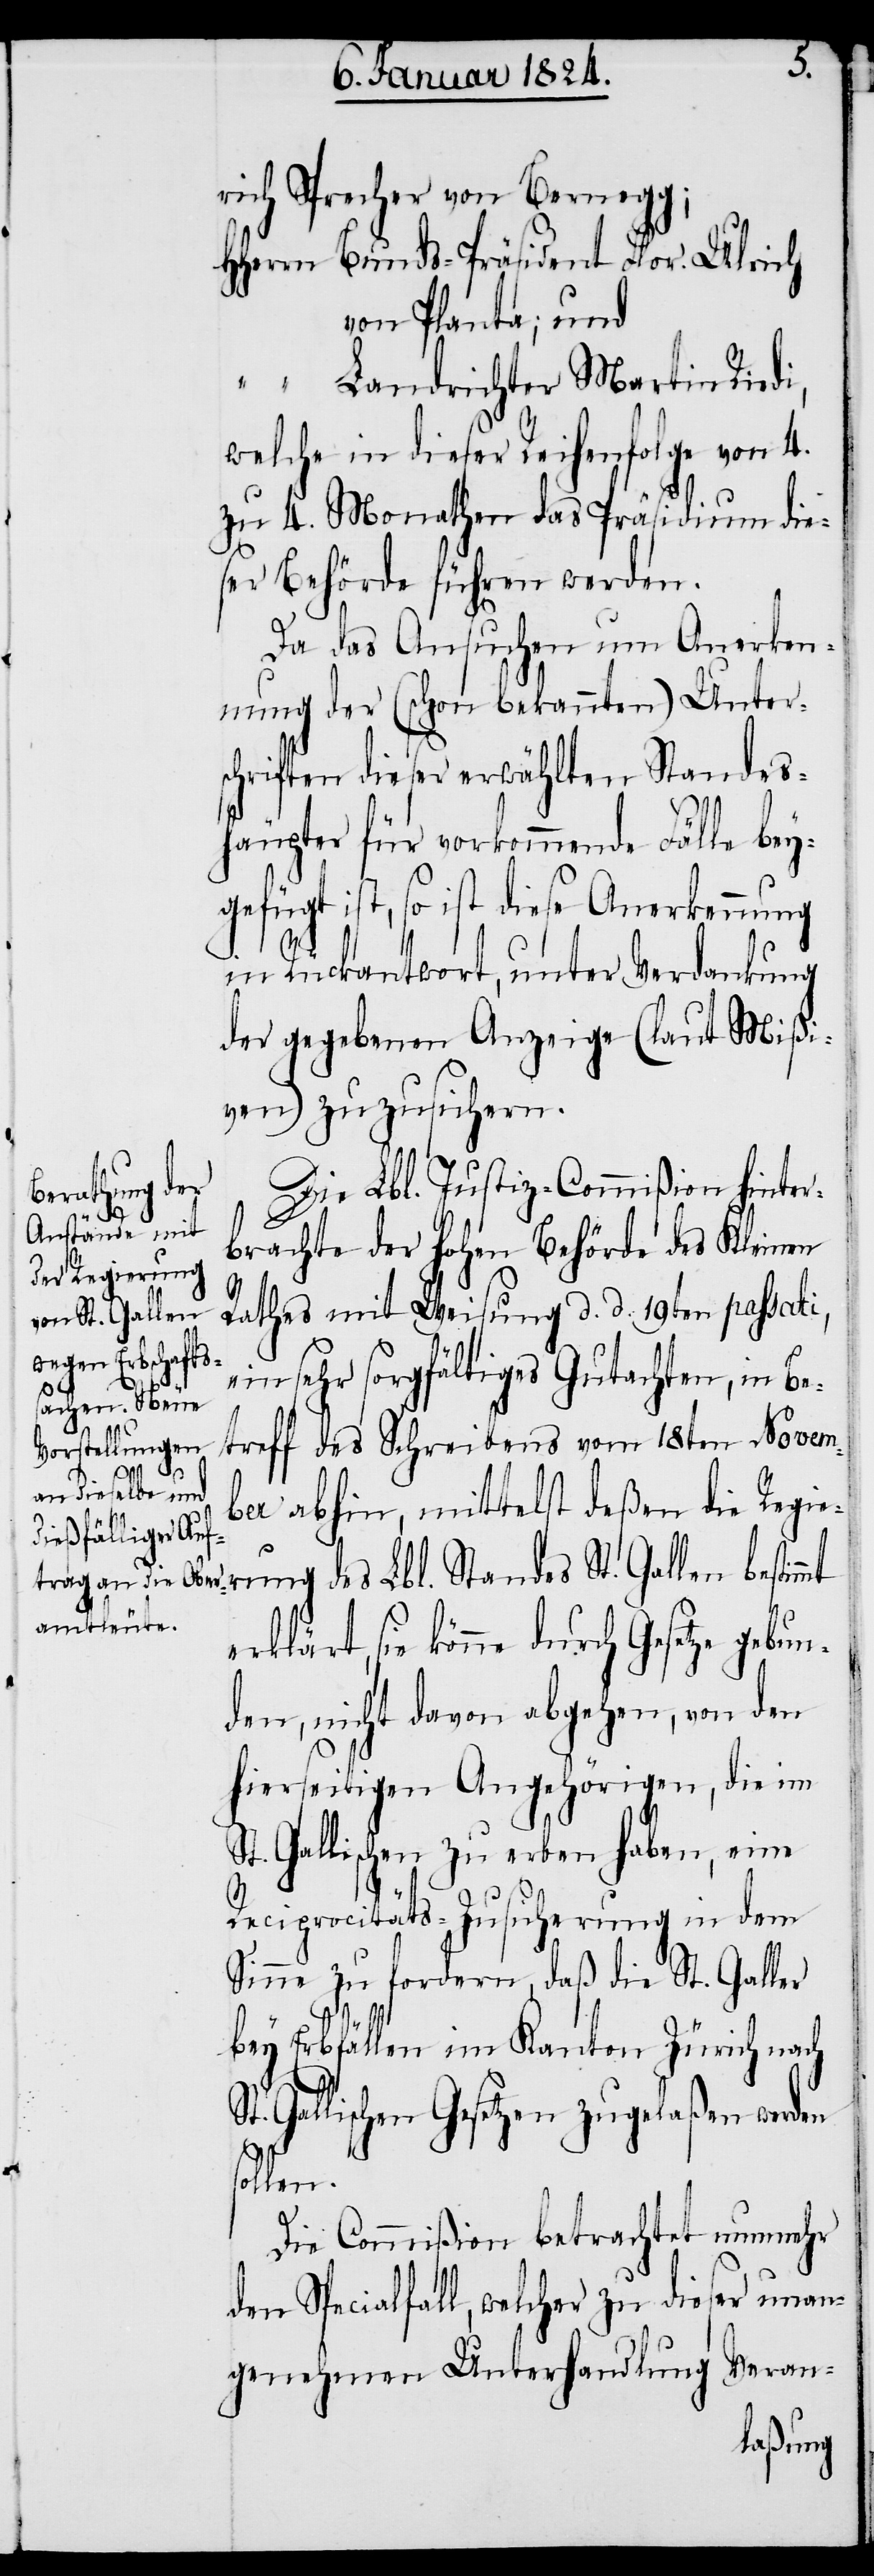
rich Sprecher von Bernegg;
HHerrn Bunds-Präsident Flor. Ulrich
von Planta; und
“ Landrichter Martin Riedi,
welche in dieser Reihenfolge von 4.
zu 4. Monathen das Präsidium die¬
ser Behörde führen werden.
Da das Ansuchen um Anerken¬
nung der (schon bekannten) Unter¬
schriften dieser erwählten Standes¬
häupter für vorkommende Fälle bey¬
gefügt ist, so ist diese Anerkennung
in Rückantwort, unter Verdankung
der gegebenen Anzeige (laut Mißi¬
ven) zuzusichern.
Die Lbl. Justiz-Commißion hinter¬
erung des
brachte der hohen Behörde des Kleinen
Rathes mit Weisung d. d. 19ten passati,
ein sehr sorgfältiges Gutachten, in Be¬
Lbl.
treff des Schreibens vom 18ten Novem¬
ber abhin, mittelst deßen die Regi¬
erklärt, sie könne durch Gesetze gebun¬
den, nicht davon abgehen, von den
hierseitigen Angehörigen, die im
St. Gallischen zu erben haben, eine
Reciprocitäts-Zusicherung in dem
Sinne zu fordern, daß die St. Galler
St.
bey Erbfällen im Kanton Zürich nach
St. Gallischen Gesetzen zugelaßen werden
sollen.
Die Commißion betrachtet nunmehr
den Specialfall, welcher zu dieser unan¬
genehmen Unterhandlung Veran-